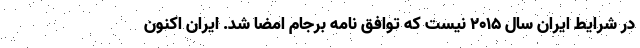
در شرایط ایران سال 2015 نیست که توافق نامه برجام امضا شد. ایران اکنون